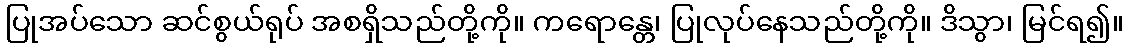
ပြုအပ်သော ဆင်စွယ်ရုပ် အစရှိသည်တို့ကို။ ကရောန္တေ၊ ပြုလုပ်နေသည်တို့ကို။ ဒိသွာ၊ မြင်ရ၍။